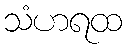
သံဟရထ